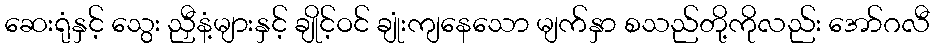
ဆေးရုံနှင့် သွေး ညှီနံ့များနှင့် ချိုင့်ဝင် ချုံးကျနေသော မျက်နှာ စသည်တို့ကိုလည်း အော်ဂလီ